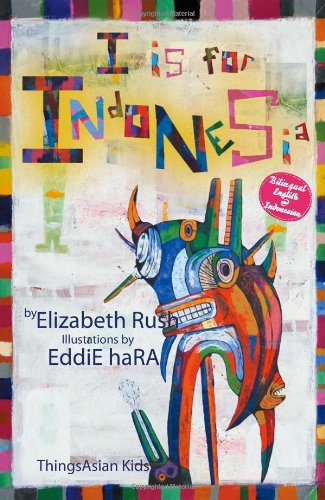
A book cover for I is for Indonesia (Alphabetical World); Elizabeth Rush; Travel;